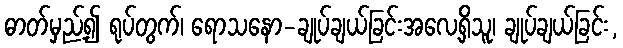
ဓာတ်မှည့်၍ ရုပ်တွက်၊ ရောသနော-ချုပ်ချယ်ခြင်းအလေ့ရှိသူ၊ ချုပ်ချယ်ခြင်း,